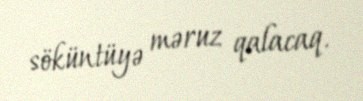
söküntüyə məruz qalacaq.